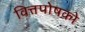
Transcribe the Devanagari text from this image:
वित्तपोषको